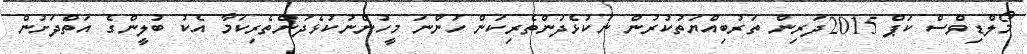
މޯލްޑިވްސް ކަޕް 2015ދަރިން ތަރުބިއްޔަތުކުރުން ނުކުޅެދުންތެރިކަން ހުންނަ މީހުންނުކުޅެދުންތެރިކަމާ އެކު ބުލީންގެ އަތްދަށުން